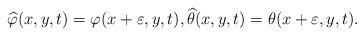
LaTeX: \begin{align*}\widehat\varphi(x,y,t)=\varphi(x+\varepsilon,y,t),\widehat\theta(x,y,t)=\theta(x+\varepsilon,y,t).\end{align*}